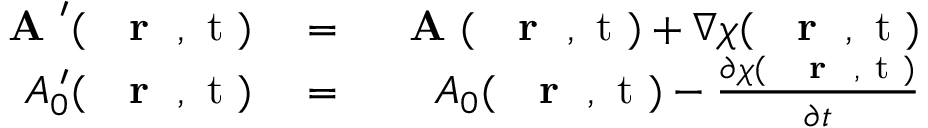
\begin{array} { r l r } { \mathrm { ~ \bf ~ A ~ } ^ { \prime } ( \mathrm { ~ { ~ \bf ~ r ~ } ~ , ~ t ~ } ) } & { { } = } & { \mathrm { ~ \bf ~ A ~ } ( \mathrm { ~ { ~ \bf ~ r ~ } ~ , ~ t ~ } ) + \nabla \chi ( \mathrm { ~ { ~ \bf ~ r ~ } ~ , ~ t ~ } ) } \\ { A _ { 0 } ^ { \; \prime } ( \mathrm { ~ { ~ \bf ~ r ~ } ~ , ~ t ~ } ) } & { { } = } & { A _ { 0 } ( \mathrm { ~ { ~ \bf ~ r ~ } ~ , ~ t ~ } ) - \frac { \partial \chi ( \mathrm { ~ { ~ \bf ~ r ~ } ~ , ~ t ~ } ) } { \partial t } } \end{array}